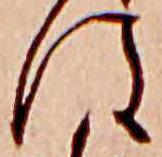
は